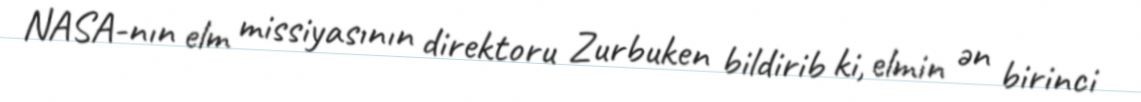
NASA-nın elm missiyasının direktoru Zurbuken bildirib ki, elmin ən birinci